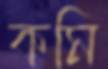
কমি